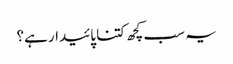
یہ سب کچھ کتنا پائیدار ہے؟